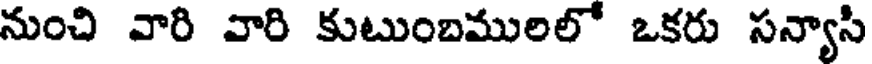
నుంచి వారి వారి కుటుంబములలో ఒకరు సన్యాసి